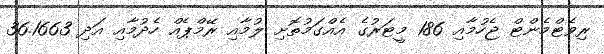
ރިވެޓްމެންޓް ޖެހުމާއި 186 މީޓަރުގެ އެއްގަމުތޮށި ލުމާއި ރޭމްޕެއް ހެދުމާއި އަދި 36.1663